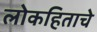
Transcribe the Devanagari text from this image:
लोकहिताचे